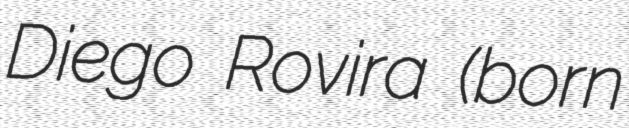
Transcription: Diego Rovira (born